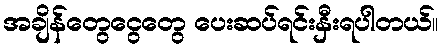
အချိန်တွေငွေတွေ ပေးဆပ်ရင်းနှီးရပါတယ်။